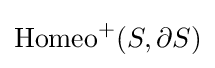
\operatorname {Homeo} ^{+}(S,\partial S)